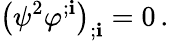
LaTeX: \big(\psi^{2}\varphi^{;\mathbf{i}}\big)_{;\mathbf{i}}=0\, .